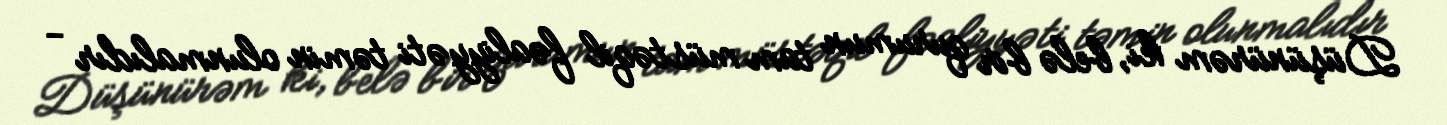
Düşünürəm ki, belə bir qurumun tam müstəqil fəaliyyəti təmin olunmalıdır -